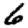
Digit: 6